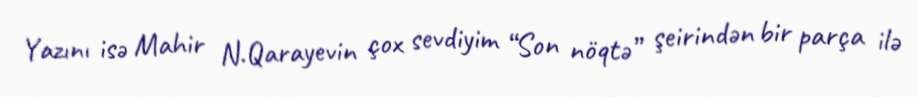
Yazını isə Mahir N.Qarayevin çox sevdiyim “Son nöqtə” şeirindən bir parça ilə